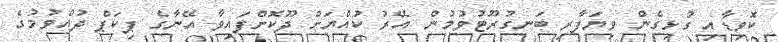
ކޮވިޑާއި ގުޅިގެން ވިޔަފާރި ބަނގުރޫޓުވުމުން އޭރު ކުއްޔަށް ދޫކޮށްފައިވާ އޭނާގެ ޕިކަޕް ދުއްވުމުގެ